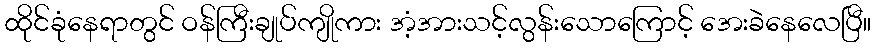
ထိုင်ခုံနေရာတွင် ဝန်ကြီးချုပ်ကျိုကား အံ့အားသင့်လွန်းသောကြောင့် အေးခဲနေလေပြီ။